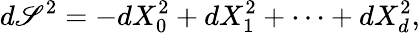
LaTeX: d\mathscr{S}^{2}=-dX_{0}^{2}+dX_{1}^{2}+\cdots+dX_{d}^{2},